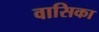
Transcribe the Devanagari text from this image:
वासिका